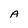
Character: A